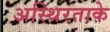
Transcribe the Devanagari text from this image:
अस्थिरताके